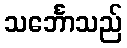
သင်္ဘောသည်